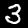
Label: 3